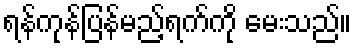
ရန်ကုန်ပြန်မည့်ရက်ကို မေးသည်။